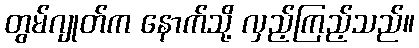
တွမ်ဂျုတ်က နောက်သို့ လှည့်ကြည့်သည်။